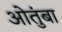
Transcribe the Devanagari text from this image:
ओतुंबा